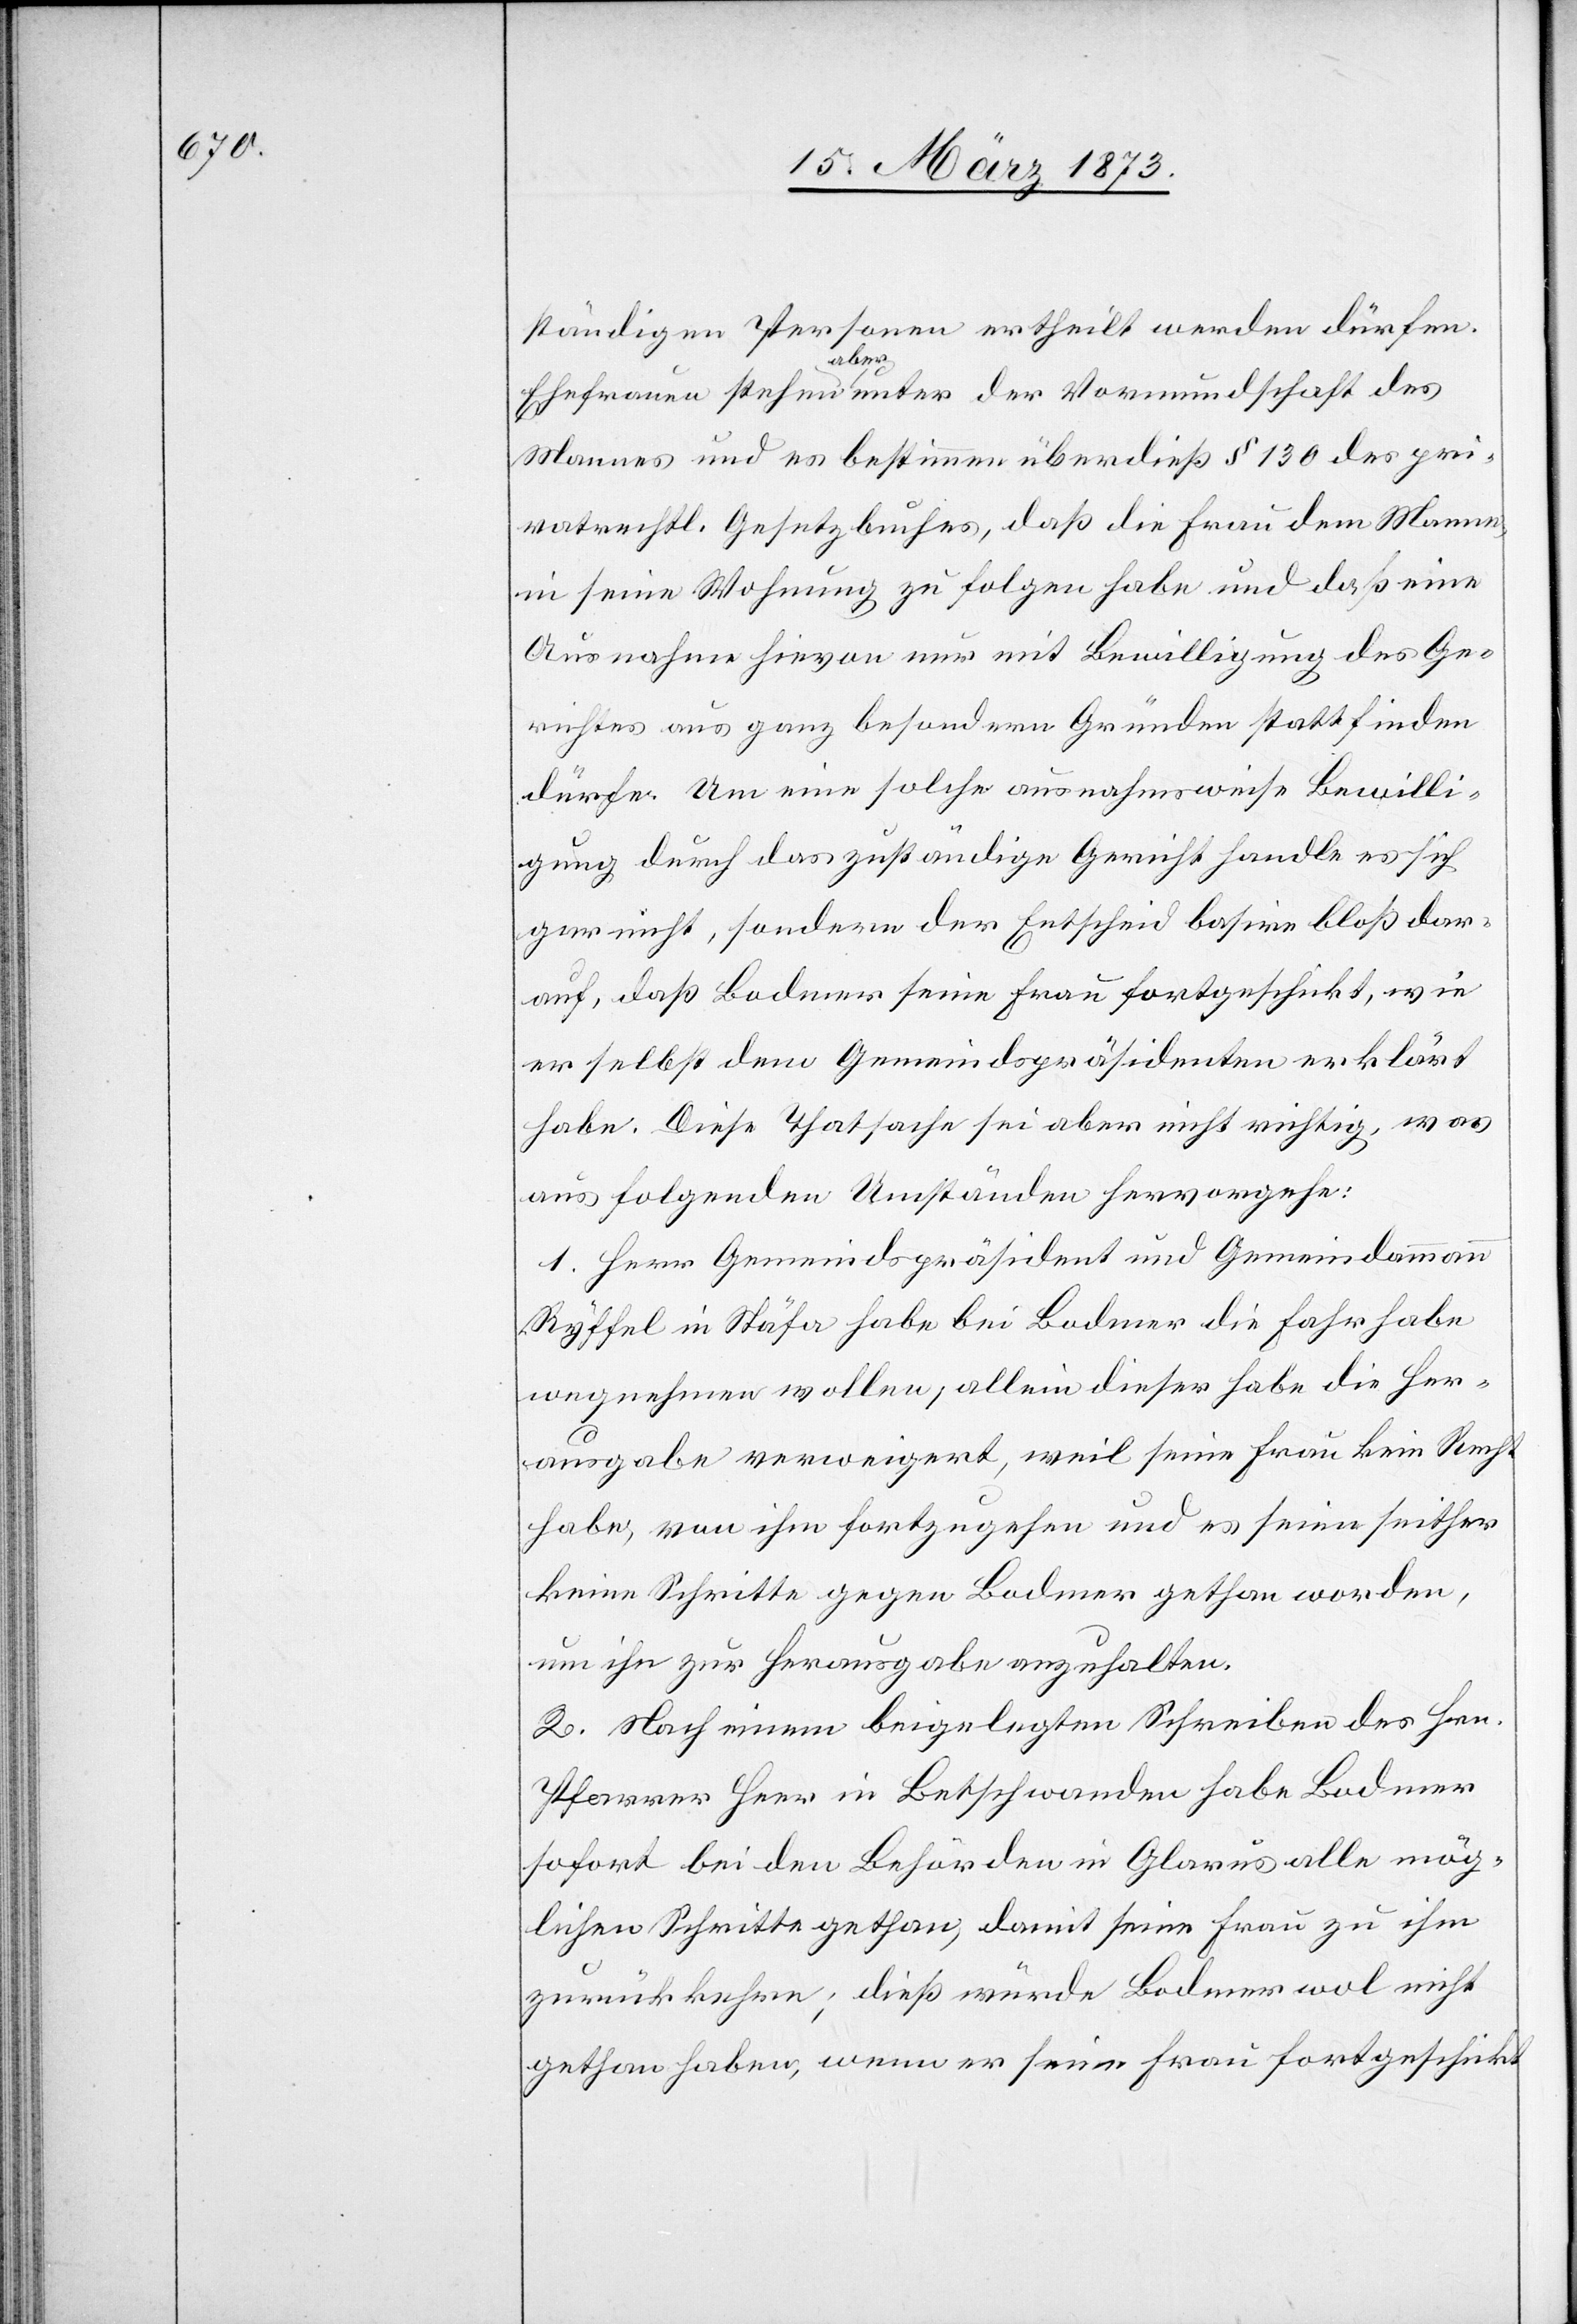
ständigen Personen ertheilt werden dürfen.
Ehefrauen stehen aber unter der Vormundschaft des
Mannes und es bestimmen überdieß § 130 des pri¬
vatrechtl. Gesetzbuches, daß die Frau dem Manne,
in seine Wohnung zu folgen habe und daß eine
Ausnahme hievon nur mit Bewilligung des Ge¬
richtes aus ganz besondern Gründen stattfinden
dürfe. Um eine solche ausnahmsweise Bewilli¬
gung durch das zuständige Gericht handle es sich
gar nicht, sondern der Entscheid basire bloß dar¬
auf, daß Bodmer seine Frau fortgeschickt, wie
er selbst dem Gemeindspräsidenten erklärt
habe. Diese Thatsache sei aber nicht richtig, was
aus folgenden Umständen hervorgehe:
1. Herr Gemeindspräsident und Gemeindammann
Ryffel in Stäfa habe bei Bodmer die Fahrhabe
wegnehmen wollen, allein dieser habe die Her¬
ausgabe verweigert, weil seine Frau kein Recht
habe, von ihm fortzugehen und es seien seither
keine Schritte gegen Bodmer gethan worden,
um ihn zur Herausgabe anzuhalten.
2. Nach einem beigelegten Schreiben des Hrn.
Pfarrer Heer in Betschwanden habe Bodmer
sofort bei den Behörden in Glarus alle mög¬
lichen Schritte gethan, damit seine Frau zu ihm
zurückkehre; dieß würde Bodmer wol nicht
gethan haben, wenn er seine Frau fortgeschickt